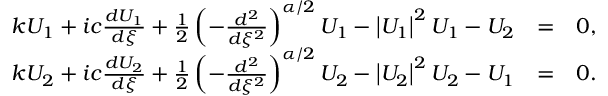
\begin{array} { r l r } { k U _ { 1 } + i c \frac { d U _ { 1 } } { d \xi } + \frac { 1 } { 2 } \left( - \frac { d ^ { 2 } } { d \xi ^ { 2 } } \right) ^ { \alpha / 2 } U _ { 1 } - \left\vert U _ { 1 } \right\vert ^ { 2 } U _ { 1 } - U _ { 2 } } & { = } & { 0 , } \\ { k U _ { 2 } + i c \frac { d U _ { 2 } } { d \xi } + \frac { 1 } { 2 } \left( - \frac { d ^ { 2 } } { d \xi ^ { 2 } } \right) ^ { \alpha / 2 } U _ { 2 } - \left\vert U _ { 2 } \right\vert ^ { 2 } U _ { 2 } - U _ { 1 } } & { = } & { 0 . } \end{array}